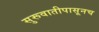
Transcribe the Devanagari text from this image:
सुरूवातीपासूनच